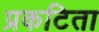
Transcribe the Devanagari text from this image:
प्रकटिता